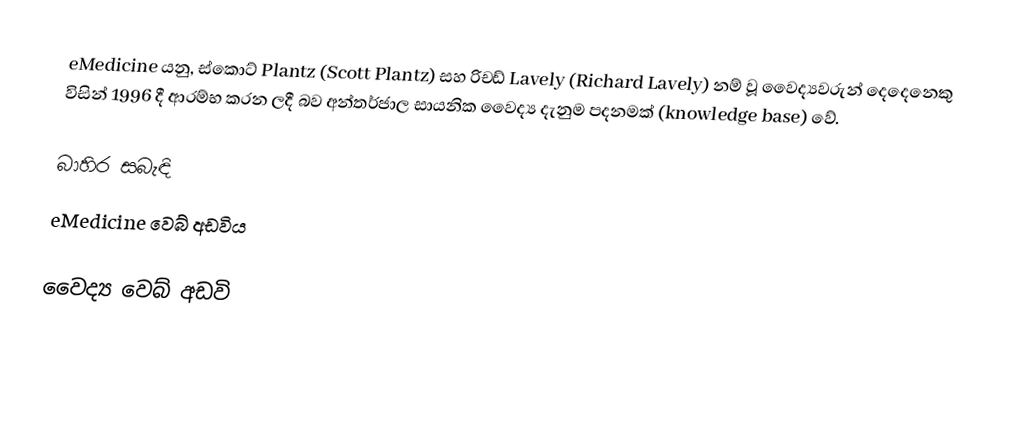
eMedicine යනු, ස්කොට් Plantz (Scott Plantz) සහ රිචඩ් Lavely (Richard Lavely) නම් වූ වෛද්‍යවරුන් දෙදෙනෙකු විසින් 1996 දී ආරම්භ කරන ලදී බව අන්තර්ජාල සායනික වෛද්‍ය දැනුම පදනමක් (knowledge base) වේ.

බාහිර සබැඳි
 eMedicine වෙබ් අඩවිය

වෛද්‍ය වෙබ් අඩවි